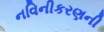
નવિનીકરણની